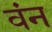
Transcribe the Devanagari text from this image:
वंन